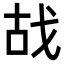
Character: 𢦮